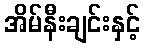
အိမ်နီးချင်းနှင့်